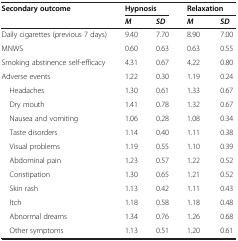
| Secondary outcome | <COLSPAN=2> Hypnosis | <COLSPAN=2> Relaxation |
 |  | M | SD | M | SD |
 | --- | --- | --- | --- | --- |
 | Daily cigarettes (previous 7 days) | 9.40 | 7.70 | 8.90 | 7.00 |
 | MNWS | 0.60 | 0.63 | 0.63 | 0.55 |
 | Smoking abstinence self-efficacy | 4.31 | 0.67 | 4.22 | 0.80 |
 | Adverse events | 1.22 | 0.30 | 1.19 | 0.24 |
 | Headaches | 1.30 | 0.61 | 1.33 | 0.67 |
 | Dry mouth | 1.41 | 0.78 | 1.32 | 0.67 |
 | Nausea and vomiting | 1.06 | 0.28 | 1.08 | 0.34 |
 | Taste disorders | 1.14 | 0.40 | 1.11 | 0.38 |
 | Visual problems | 1.19 | 0.55 | 1.10 | 0.39 |
 | Abdominal pain | 1.23 | 0.57 | 1.22 | 0.52 |
 | Constipation | 1.30 | 0.65 | 1.21 | 0.52 |
 | Skin rash | 1.13 | 0.42 | 1.11 | 0.43 |
 | Itch | 1.18 | 0.58 | 1.18 | 0.48 |
 | Abnormal dreams | 1.34 | 0.76 | 1.26 | 0.68 |
 | Other symptoms | 1.13 | 0.51 | 1.20 | 0.61 |